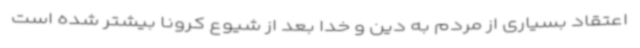
اعتقاد بسیاری از مردم به دین و خدا بعد از شیوع کرونا بیشتر شده است